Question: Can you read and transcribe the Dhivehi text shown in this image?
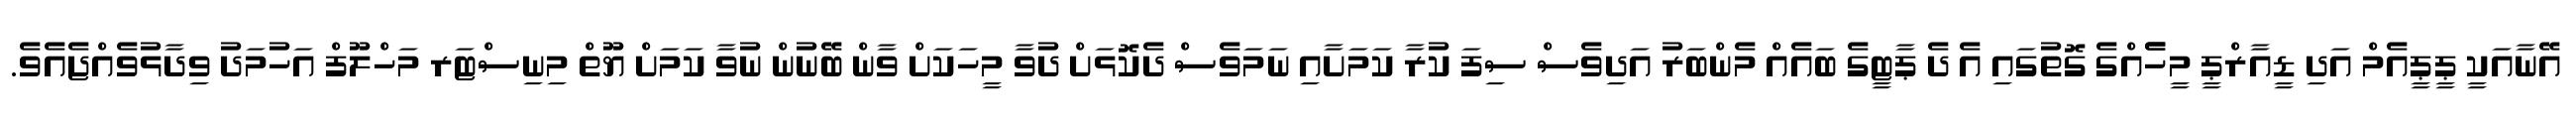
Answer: އޭނާއަކީ ޕީޕީއެމް އަދި ޑީއާރްޕީ މީހެެއްގެ ގޮތުގައި އެ ދެ ޕާޓީގެ ބައެއް މެންބަރު އަދިވެސް ސިފަ ކުރާ ކަމަށާއި ނަމަވެސް ދެކޮޅަށް ދުވާ މީހަކަށް ވާން ބޭނުން ނުވާ ކަމަށް ޔޫތް މިނިސްޓަރ މަހްލޫފް އަހުމަދު ވިދާޅުވެއްޖެއެވެ.